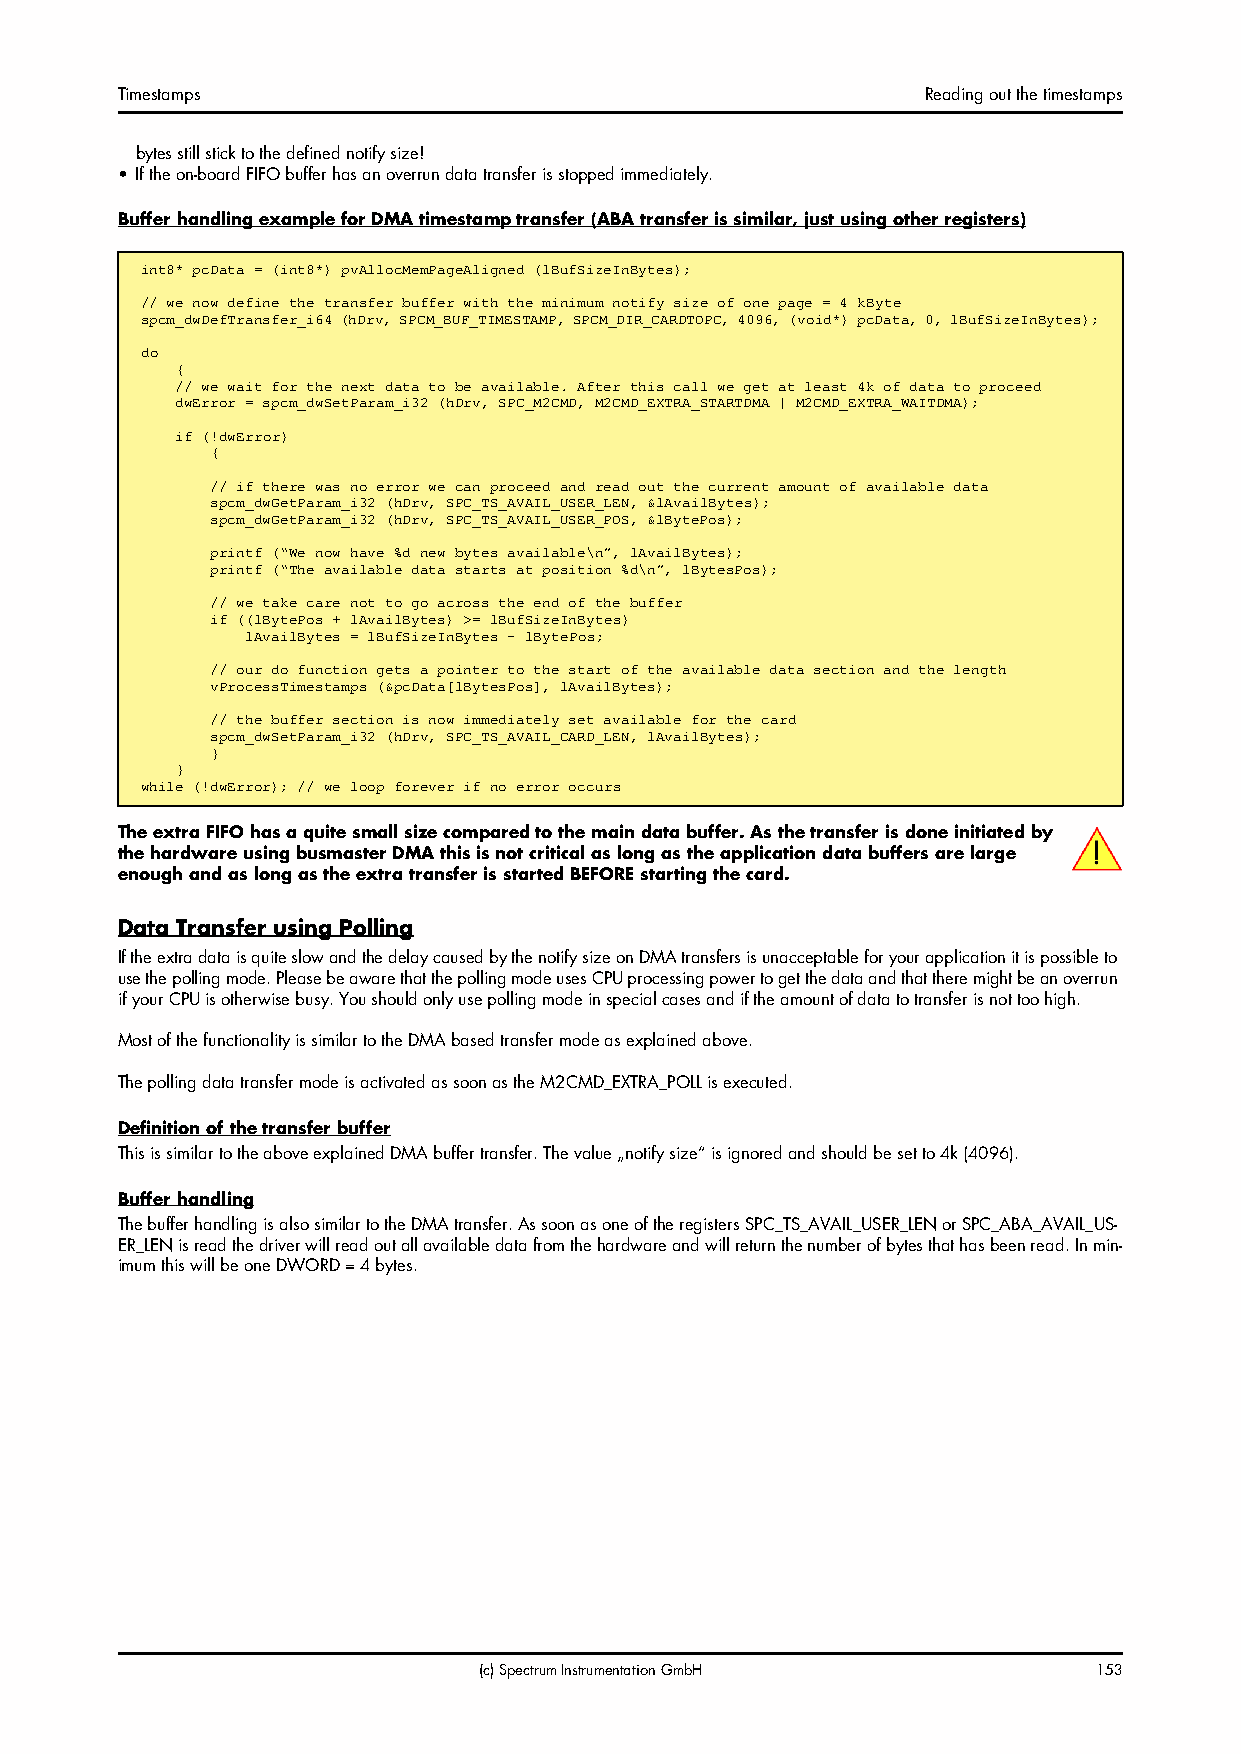
Timestamps                                           Reading out the timestamps
 bytes still stick to the defined notify size!
 • If the on-board FIFO buffer has an overrun data transfer is stopped immediately.
 Buffer handling example for DMA timestamp transfer (ABA transfer is similar, just using other registers)
 int8* pcData = (int8*) pvAllocMemPageAligned (lBufSizeInBytes);
 // we now define the transfer buffer with the minimum notify size of one page = 4 kByte
 spcm_dwDefTransfer_i64 (hDrv, SPCM_BUF_TIMESTAMP, SPCM_DIR_CARDTOPC, 4096, (void*) pcData, 0, lBufSizeInBytes);
 do
 {
 // we wait for the next data to be available. After this call we get at least 4k of data to proceed
 dwError = spcm_dwSetParam_i32 (hDrv, SPC_M2CMD, M2CMD_EXTRA_STARTDMA | M2CMD_EXTRA_WAITDMA);
 if (!dwError)
 {
 // if there was no error we can proceed and read out the current amount of available data
 spcm_dwGetParam_i32 (hDrv, SPC_TS_AVAIL_USER_LEN, &lAvailBytes);
 spcm_dwGetParam_i32 (hDrv, SPC_TS_AVAIL_USER_POS, &lBytePos);
 printf (“We now have %d new bytes available\n”, lAvailBytes);
 printf (“The available data starts at position %d\n”, lBytesPos);
 // we take care not to go across the end of the buffer
 if ((lBytePos + lAvailBytes) >= lBufSizeInBytes)
 lAvailBytes = lBufSizeInBytes - lBytePos;
 // our do function gets a pointer to the start of the available data section and the length
 vProcessTimestamps (&pcData[lBytesPos], lAvailBytes);
 // the buffer section is now immediately set available for the card
 spcm_dwSetParam_i32 (hDrv, SPC_TS_AVAIL_CARD_LEN, lAvailBytes);
 }
 }
 while (!dwError); // we loop forever if no error occurs
 The extra FIFO has a quite small size compared to the main data buffer. As the transfer is done initiated by
 the hardware using busmaster DMA this is not critical as long as the application data buffers are large
 enough and as long as the extra transfer is started BEFORE starting the card.
 Data Transfer using Polling
 If the extra data is quite slow and the delay caused by the notify size on DMA transfers is unacceptable for your application it is possible to
 use the polling mode. Please be aware that the polling mode uses CPU processing power to get the data and that there might be an overrun
 if your CPU is otherwise busy. You should only use polling mode in special cases and if the amount of data to transfer is not too high.
 Most of the functionality is similar to the DMA based transfer mode as explained above.
 The polling data transfer mode is activated as soon as the M2CMD_EXTRA_POLL is executed.
 Definition of the transfer buffer
 This is similar to the above explained DMA buffer transfer. The value „notify size“ is ignored and should be set to 4k (4096).
 Buffer handling
 The buffer handling is also similar to the DMA transfer. As soon as one of the registers SPC_TS_AVAIL_USER_LEN or SPC_ABA_AVAIL_US-
 ER_LEN is read the driver will read out all available data from the hardware and will return the number of bytes that has been read. In min-
 imum this will be one DWORD = 4 bytes.
 (c) Spectrum Instrumentation GmbH       153